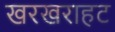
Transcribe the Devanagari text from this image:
खरखराहट